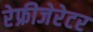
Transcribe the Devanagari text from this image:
रेफ्रीजेरेटर